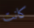
كانت